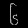
Digit: ၆